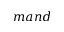
m a n d